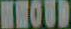
WHOUD